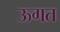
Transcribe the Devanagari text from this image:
ऊगत